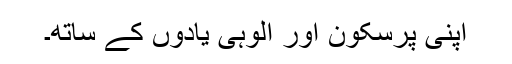
اپنی پرسکون اور الوہی یادوں کے ساتھ۔